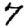
Digit: 7